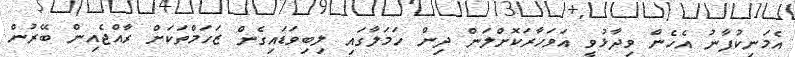
އެމަނިކުފާނު އެހެން ވިދާޅުވީ އަވަހާރަކޮށްލަން ދިން ހަމަލާގައި ލިބިވަޑައިގެން ޒަހަމްތަކަށް ރާއްޖެއިން ބޭރުން